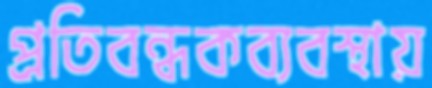
প্রতিবন্ধকব্যবস্থায়